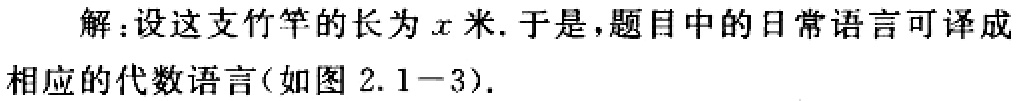
解：设这支竹竿的长为\(x\)米. 于是，题目中的日常语言可译成相应的代数语言(如图 \(2.1 - 3\)).